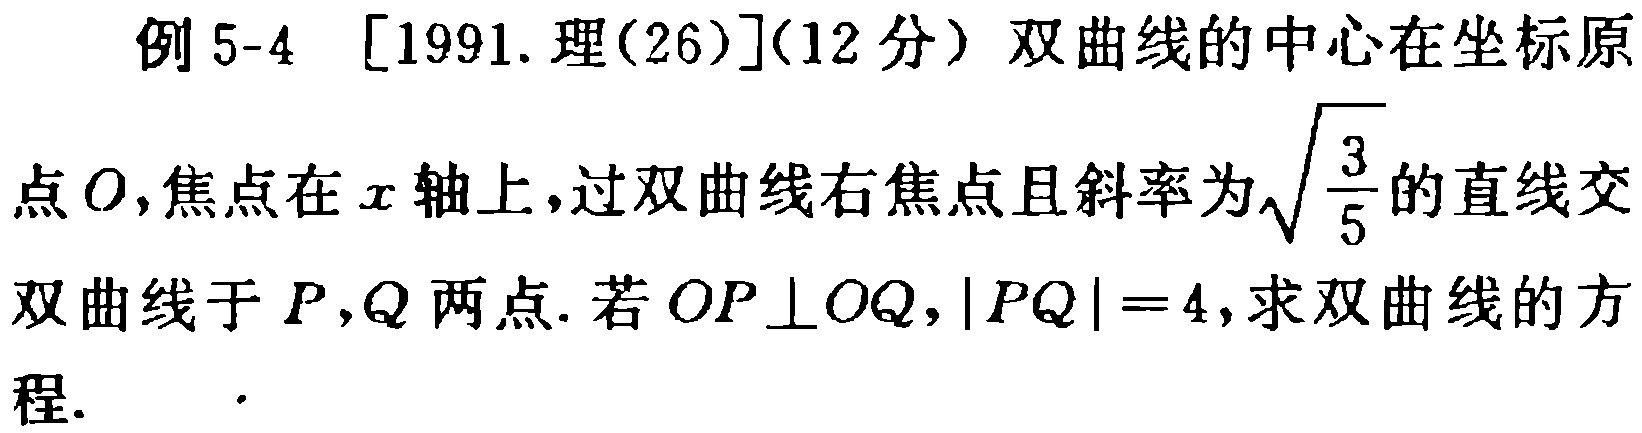
例 5-4 [1991. 理(26)](12 分) 双曲线的中心在坐标原
点\(O\)，焦点在\(x\)轴上，过双曲线右焦点且斜率为\(\sqrt{\frac{3}{5}}\)的直线交
双曲线于\(P,Q\)两点. 若\(OP\perp OQ\)，\(\vert PQ\vert = 4\)，求双曲线的方
程.